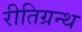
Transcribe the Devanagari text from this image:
रीतिग्रन्थ